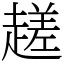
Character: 䟀